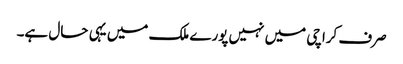
صرف کراچی میں نہیں پورے ملک میں یہی حال ہے۔